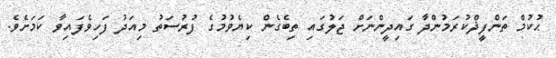
ޙުކުމް ތަންފީޛްކުރަމުންދާ ގައިދީންނަށް ޖަލުގައި ތިބެގެން ކިޔެވުމުގެ ފުރުސަތު މިއަދު ފަހިވެފައިވާ ކަމަށެވެ.